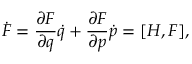
\dot { F } = \frac { \partial F } { \partial q } \dot { q } + \frac { \partial F } { \partial p } \dot { p } = [ H , F ] ,